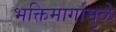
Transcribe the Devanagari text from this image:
भक्तिमार्गामुळे